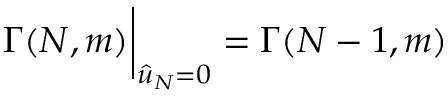
\Gamma ( N , m ) \bigg \vert _ { { \hat { u } } _ { N } = 0 } = \Gamma ( N - 1 , m )